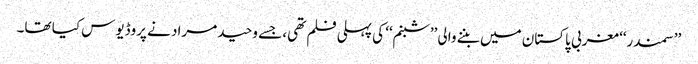
’’سمندر‘‘ مغربی پاکستان میں بننے والی ’’شبنم‘‘ کی پہلی فلم تھی، جسے وحید مراد نے پروڈیوس کیا تھا۔